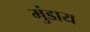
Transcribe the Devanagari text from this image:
मुंडाय